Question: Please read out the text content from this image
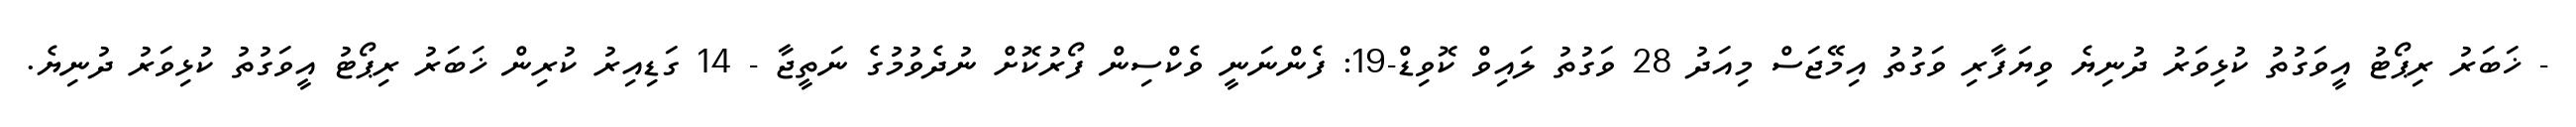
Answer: - ޚަބަރު ރިޕޯޓު އީވަގުތު ކުޅިވަރު ދުނިޔެ ވިޔަފާރި ވަގުތު އިމޭޖަސް މިއަދު 28 ވަގުތު ލައިވް ކޮވިޑް-19: ފެންނަނީ ވެކްސިން ފޯރުކޮށް ނުދެވުމުގެ ނަތީޖާ - 14 ގަޑިއިރު ކުރިން ޚަބަރު ރިޕޯޓު އީވަގުތު ކުޅިވަރު ދުނިޔެ.